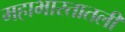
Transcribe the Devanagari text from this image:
महाभारतातली